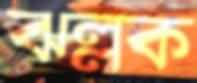
ঝল্লক